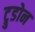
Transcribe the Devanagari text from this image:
ट्रुडोन